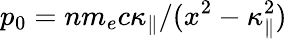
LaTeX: p_{0}=nm_{e}c\kappa_{\| }/(x^{2}-\kappa_{\| }^{2})